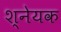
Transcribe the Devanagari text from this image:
श्नेयक